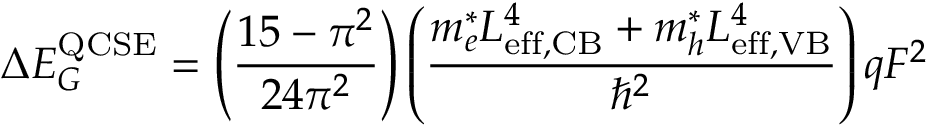
\Delta E _ { G } ^ { \mathrm { Q C S E } } = \left( { \frac { 1 5 - \pi ^ { 2 } } { 2 4 \pi ^ { 2 } } } \right) \left( { \frac { m _ { e } ^ { * } L _ { \mathrm { e f f , C B } } ^ { 4 } + m _ { h } ^ { * } L _ { \mathrm { e f f , V B } } ^ { 4 } } { \hbar ^ { 2 } } } \right) q F ^ { 2 }